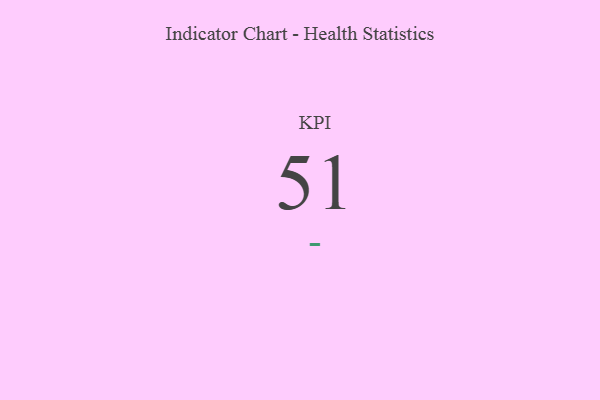
{"axis": {"x": "KPI", "y": "Value"}, "legend": [""], "data": [{"x": "KPI", "y": 51, "type": ""}]}